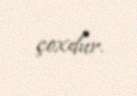
çoxdur.